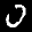
Label: 0